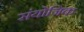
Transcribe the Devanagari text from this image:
संयोजिक